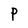
Character: P